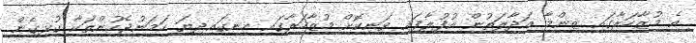
އެ މުޒާހަރާގައި ޒިންމާ އަދާލަތުން އުފުލާފައި ވަނިކޮށް މުޒާހަރާގައި ހިނގައިދިޔަ ހަމަނުޖެހުންތަކާ ގުޅިގެން